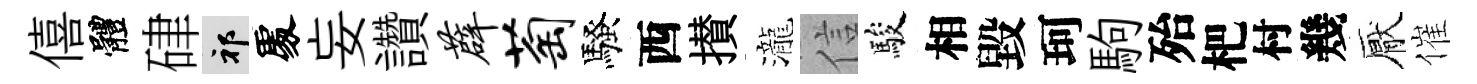
僖體硉祁𠁅妄讚薜萄騷西攅瀧信駿相毀珂駒殆杷村幾厭催